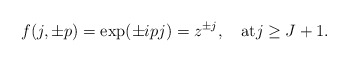
\begin{align*}f(j,\pm p)= \exp(\pm i p j)=z^{\pm j}, \quad{\rm {at}} j\ge J+1.\end{align*}